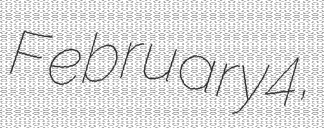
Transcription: February 4,